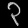
Digit: ၃